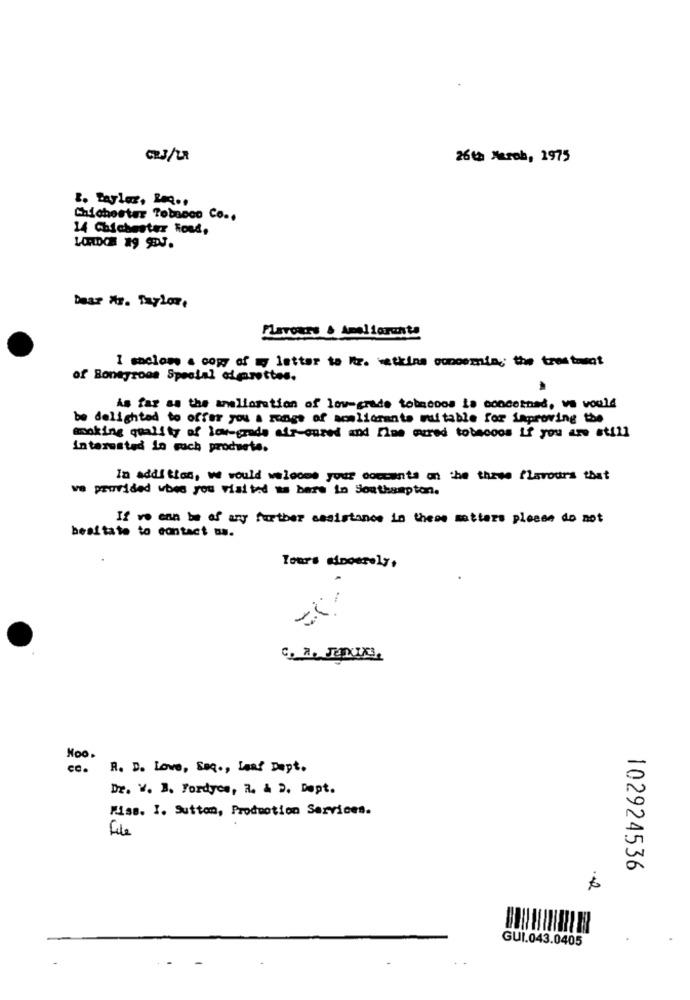
26th March, 1975
8. Taylor, La .,
Chichester Tobacco Co ..
14 Chichester Roud,
bear Ar. taylor,
PlaTours & Ameliarante
1 saclome a copy of my letter to Mr. watkins concemin ,; the tres toeat
of Boneyroom Spoolal almarottes.
As far as the amelioration of lovegrade tobacoos is concerned, va would
be delighted to offer you a range of aceliorante mu table for improving the
making quality of low-grade air- cured and Five wared tobecoos if you are still
Interested in such products.
In addition, we would waloose your coccenta on the three flavours that
ve provided when you visited us bers in Southampton.
If we can be of any further assistance in these matters please do not
hesitate to contact us.
Tours sincerely,
Hoo.
ce.
R. D. Love, Seq ., Leaf Dept.
Dr. V. B. Fordyos, R. & D. Dept.
Miss. I. Sutton, Production Services.
File
102924536
6
GUI.043.0405